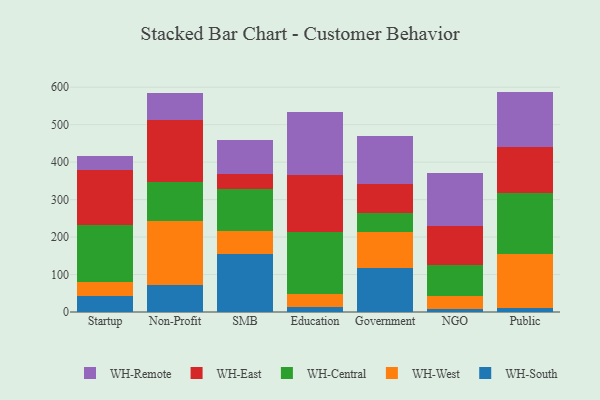
{"axis": {"x": "Segment", "y": "Operating Costs (USD K)"}, "legend": ["WH-Central", "WH-East", "WH-Remote", "WH-South", "WH-West"], "data": [{"x": "Startup", "y": 43.4, "type": "WH-South"}, {"x": "Startup", "y": 36.3, "type": "WH-West"}, {"x": "Startup", "y": 151.4, "type": "WH-Central"}, {"x": "Startup", "y": 147.9, "type": "WH-East"}, {"x": "Startup", "y": 36.3, "type": "WH-Remote"}, {"x": "Non-Profit", "y": 73.2, "type": "WH-South"}, {"x": "Non-Profit", "y": 168.6, "type": "WH-West"}, {"x": "Non-Profit", "y": 105.6, "type": "WH-Central"}, {"x": "Non-Profit", "y": 165.1, "type": "WH-East"}, {"x": "Non-Profit", "y": 70.8, "type": "WH-Remote"}, {"x": "SMB", "y": 153.6, "type": "WH-South"}, {"x": "SMB", "y": 62.2, "type": "WH-West"}, {"x": "SMB", "y": 112.4, "type": "WH-Central"}, {"x": "SMB", "y": 39.7, "type": "WH-East"}, {"x": "SMB", "y": 92.3, "type": "WH-Remote"}, {"x": "Education", "y": 12.5, "type": "WH-South"}, {"x": "Education", "y": 36.6, "type": "WH-West"}, {"x": "Education", "y": 164.2, "type": "WH-Central"}, {"x": "Education", "y": 151.6, "type": "WH-East"}, {"x": "Education", "y": 168.9, "type": "WH-Remote"}, {"x": "Government", "y": 118.0, "type": "WH-South"}, {"x": "Government", "y": 94.4, "type": "WH-West"}, {"x": "Government", "y": 52.4, "type": "WH-Central"}, {"x": "Government", "y": 78.0, "type": "WH-East"}, {"x": "Government", "y": 128.3, "type": "WH-Remote"}, {"x": "NGO", "y": 7.2, "type": "WH-South"}, {"x": "NGO", "y": 36.3, "type": "WH-West"}, {"x": "NGO", "y": 81.2, "type": "WH-Central"}, {"x": "NGO", "y": 104.4, "type": "WH-East"}, {"x": "NGO", "y": 142.4, "type": "WH-Remote"}, {"x": "Public", "y": 9.9, "type": "WH-South"}, {"x": "Public", "y": 144.3, "type": "WH-West"}, {"x": "Public", "y": 164.3, "type": "WH-Central"}, {"x": "Public", "y": 121.6, "type": "WH-East"}, {"x": "Public", "y": 148.2, "type": "WH-Remote"}]}